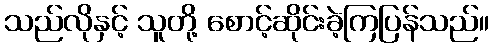
သည်လိုနှင့် သူတို့ စောင့်ဆိုင်းခဲ့ကြပြန်သည်။